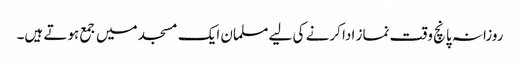
روزانہ پانچ وقت نماز ادا کرنے کی لیے مسلمان ایک مسجد میں جمع ہوتے ہیں۔